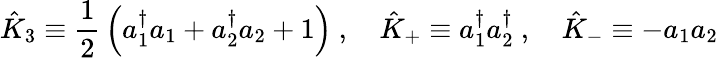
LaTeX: {\hat{K}}_{3}\equiv{\frac{1}{2}}\left(a_{1}^{\dagger}a_{1}+a_{2}^{\dagger}a_{2}+1\right)\ ,\quad{\hat{K}}_{+}\equiv a_{1}^{\dagger}a_{2}^{\dagger}\ ,\quad{\hat{K}}_{-}\equiv-a_{1}a_{2}